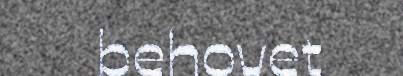
behovet